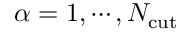
\alpha = 1 , \cdots , N _ { \mathrm { c u t } }